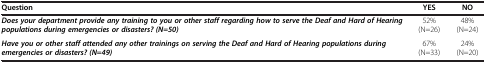
<table><thead><tr><td><b>Question</b></td><td><b>YES</b></td><td><b>NO</b></td></tr></thead><tbody><tr><td><b><i>Does your department provide any training to you or other staff regarding how to serve the Deaf and Hard of Hearing populations during emergencies or disasters? (N=50)</i></b></td><td>52% (N=26)</td><td>48% (N=24)</td></tr><tr><td><b><i>Have you or other staff attended any other trainings on serving the Deaf and Hard of Hearing populations during emergencies or disasters? (N=49)</i></b></td><td>67% (N=33)</td><td>24% (N=20)</td></tr></tbody></table>